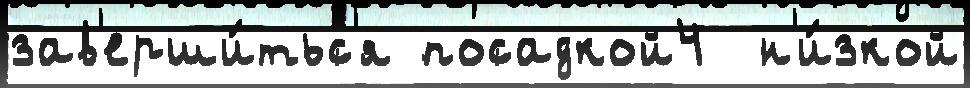
зав'ерши́тьс'я посадкой4  н'и́зкой